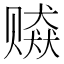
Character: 𰷫